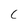
Character: C